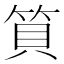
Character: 筫